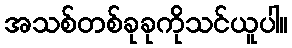
အသစ်တစ်ခုခုကိုသင်ယူပါ။